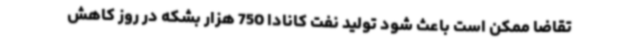
تقاضا ممکن است باعث شود تولید نفت کانادا 750 هزار بشکه در روز کاهش